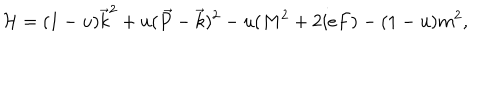
{ \cal H } = ( 1 - u ) \vec { k } ^ { 2 } + u ( \vec { P } - \vec { k } ) ^ { 2 } - u ( M ^ { 2 } + 2 i e F ) - ( 1 - u ) m ^ { 2 } ,